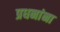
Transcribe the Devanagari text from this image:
प्रधनांना